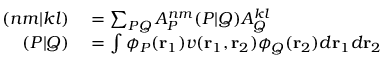
\begin{array} { r l } { ( n m | k l ) } & { { } = \sum _ { P Q } A _ { P } ^ { n m } ( P | Q ) A _ { Q } ^ { k l } } \\ { ( P | Q ) } & { { } = \int \phi _ { P } ( \mathbf { r } _ { 1 } ) v ( \mathbf { r } _ { 1 } , \mathbf { r } _ { 2 } ) \phi _ { Q } ( \mathbf { r } _ { 2 } ) d \mathbf { r } _ { 1 } d \mathbf { r } _ { 2 } } \end{array}